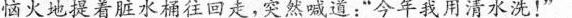
恼火地提着脏水桶往回走，突然喊道:“今年我用清水洗!”